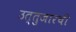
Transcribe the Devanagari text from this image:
उत्तुजारची